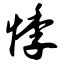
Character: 悸